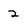
Character: 2